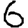
Digit: 6